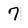
Character: 7